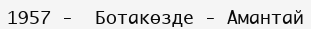
1957 -  Ботакөзде - Амантай